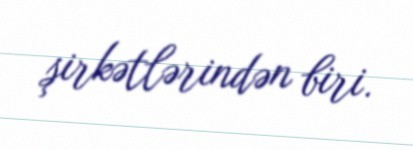
şirkətlərindən biri.